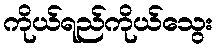
ကိုယ်ရည်ကိုယ်သွေး